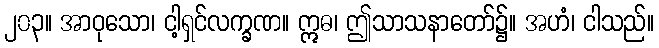
၂၀၃။ အာဝုသော၊ ငါ့ရှင်လက္ခဏ။ ဣဓ၊ ဤသာသနာတော်၌။ အဟံ၊ ငါသည်။